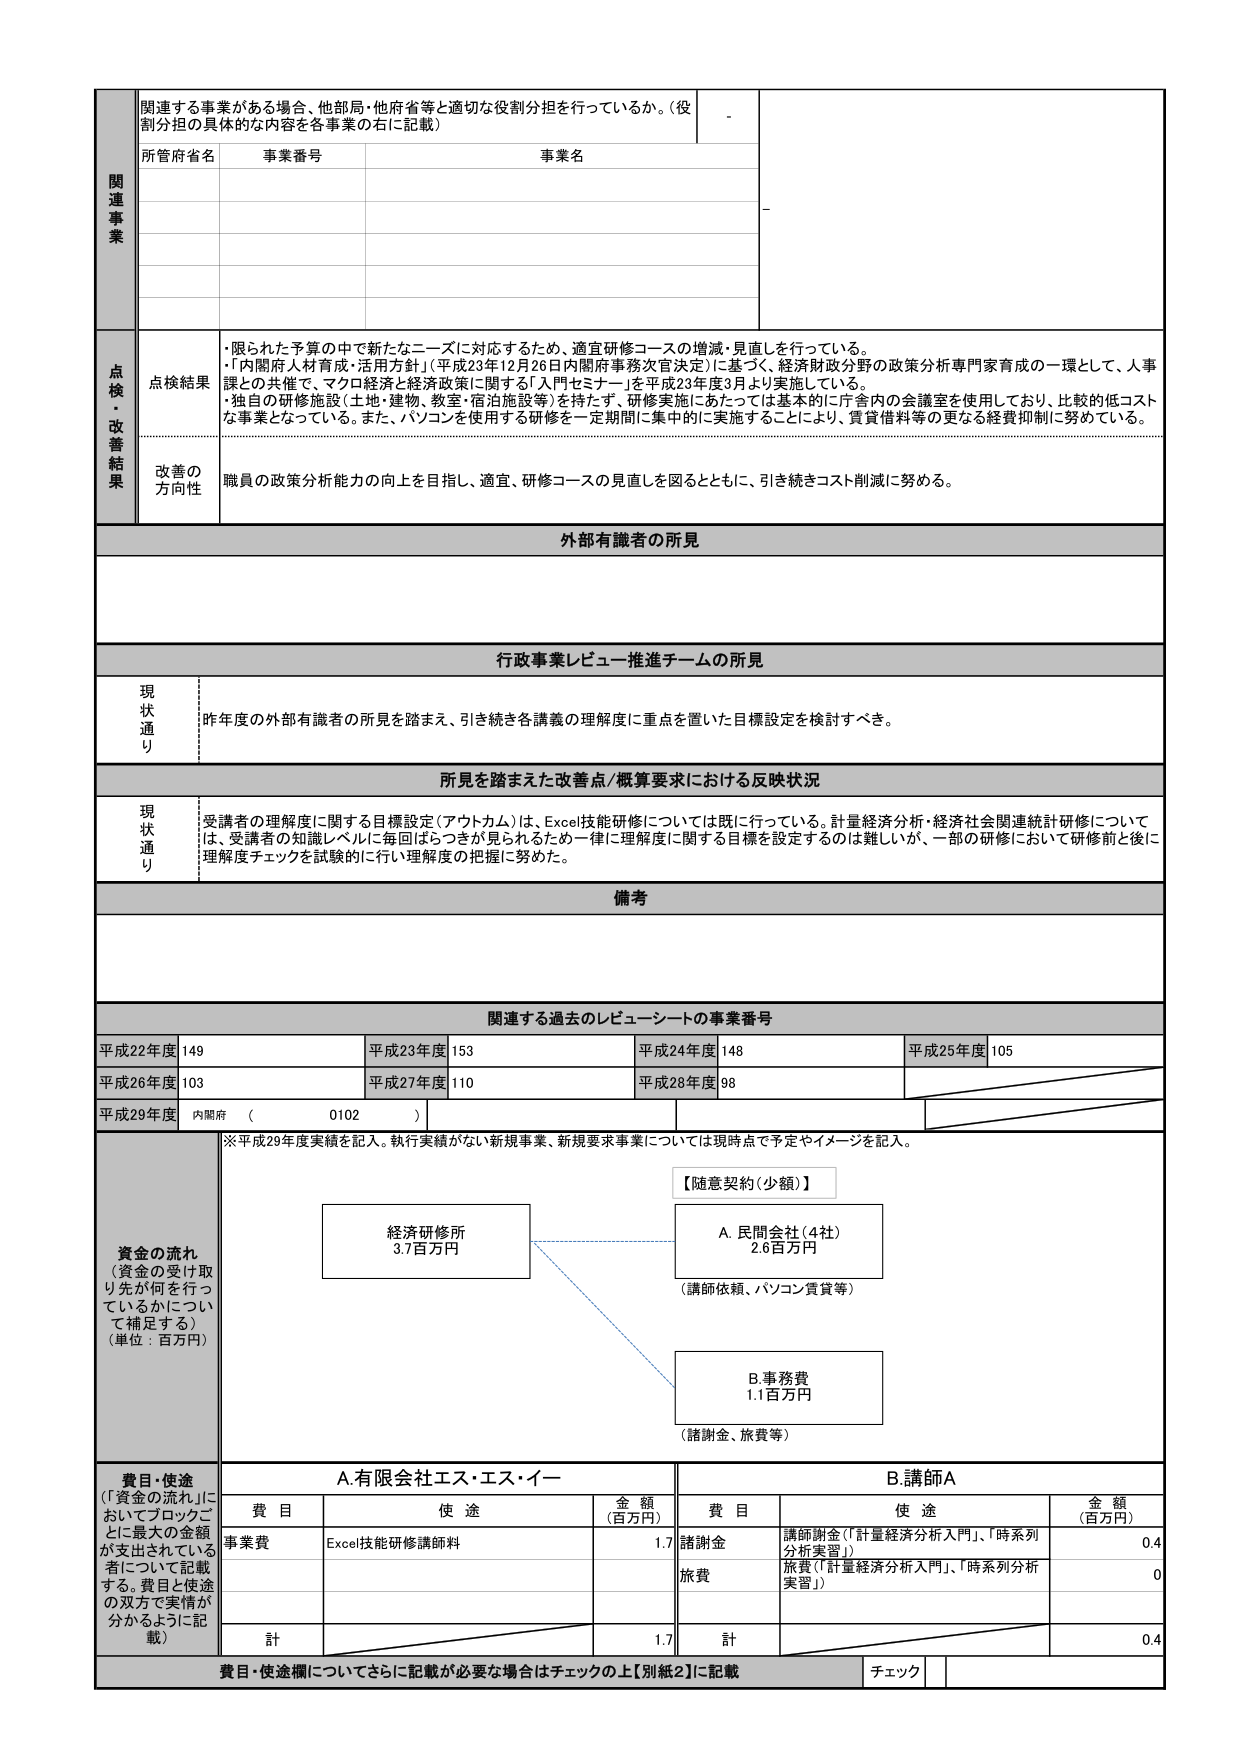
関連する事業がある場合、他部局・他府省等と適切な役割分担を行っているか。（役割分担の具体的な内容を各事業の右に記載）

所管府省名　事業番号　事業名

関連事業

点検・改善結果

点検結果
・限られた予算の中で新たなニーズに対応するため、適宜研修コースの増減・見直しを行っている。
・「内閣府人材育成・活用方針」（平成23年12月26日内閣府事務次官決定）に基づく、経済財政分野の政策分析専門家育成の一環として、人事課との共催で、マクロ経済と経済政策に関する「入門セミナー」を平成23年度3月より実施している。
・独自の研修施設（土地・建物、教室・宿泊施設等）を持たず、研修実施にあたっては基本的に庁舎内の会議室を使用しており、比較的低コストな事業となっている。また、パソコンを使用する研修を一定期間に集中的に実施することにより、賃貸借料等の更なる経費抑制に努めている。

改善の方向性
職員の政策分析能力の向上を目指し、適宜、研修コースの見直しを図るとともに、引き続きコスト削減に努める。

外部有識者の所見

行政事業レビュー推進チームの所見

現状通り
昨年度の外部有識者の所見を踏まえ、引き続き各講義の理解度に重点を置いた目標設定を検討すべき。

所見を踏まえた改善点/概算要求における反映状況

現状通り
受講者の理解度に関する目標設定（アウトカム）は、Excel技能研修については既に行っている。計量経済分析・経済社会関連統計研修については、受講者の知識レベルに毎回ばらつきが見られるため一律に理解度に関する目標を設定するのは難しいが、一部の研修において研修前と後に理解度チェックを試験的に行い理解度の把握に努めた。

備考

関連する過去のレビューシートの事業番号

平成22年度　149　　　　　平成23年度　153　　　　　平成24年度　148　　　　　平成25年度　105
平成26年度　103　　　　　平成27年度　110　　　　　平成28年度　98
平成29年度　内閣府　（　0102　）

※平成29年度実績を記入。執行実績がない新規事業、新規要求事業については現時点で予定やイメージを記入。

資金の流れ
（資金の受け取り先が何を行っているかについて補足する）
（単位：百万円）

【随意契約（少額）】

経済研修所
3.7百万円

A. 民間会社（4社）
2.6百万円
（講師依頼、パソコン賃貸等）

B. 事務費
1.1百万円
（諸謝金、旅費等）

費目・使途
（「資金の流れ」においてブロックごとに最大の金額が支出されている者について記載する。費目と使途の双方で実情が分かるように記載）

A. 有限会社エス・エス・イー　　　　　　　　　　　　　B. 講師A

費目　　　　使途　　　　　　　　金額（百万円）　　　　費目　　　　使途　　　　　　　　金額（百万円）
事業費　　Excel技能研修講師料　　　　1.7　　諸謝金　　講師謝金（「計量経済分析入門」、「時系列分析実習」）　　0.4
　　　　　　　　　　　　　　　　　　　　　　　　　　旅費　　旅費（「計量経済分析入門」、「時系列分析実習」）　　0
計　　　　　　　　　　　　　　　　1.7　　　　計　　　　　　　　　　　　　　　　0.4

費目・使途欄についてさらに記載が必要な場合はチェックの上【別紙2】に記載　チェック